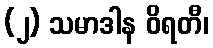
(၂) သမာဒါန ဝိရတီ၊